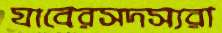
যাবেরসদস্যরা